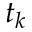
t _ { k }